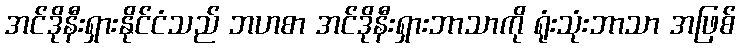
အင်ဒိုနီးရှားနိုင်ငံသည် ဘဟစာ အင်ဒိုနီးရှားဘာသာကို ရုံးသုံးဘာသာ အဖြစ်